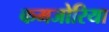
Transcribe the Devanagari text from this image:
कमजोरिया